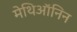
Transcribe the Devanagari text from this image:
मेथिऑनिन